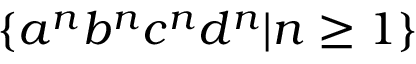
\{ a ^ { n } b ^ { n } c ^ { n } d ^ { n } | n \geq 1 \}